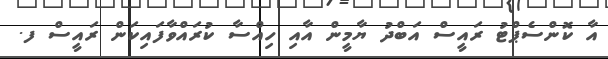
އާ ކޮންސެޕްޓު ރައީސް އަބްދު ޔާމީން އާއި ހިއްސާ ކުރައްވާފައިކަން ރައީސް ފ.